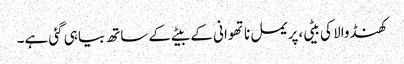
کھنڈوالا کی بیٹی،پریمل ناتھوانی کے بیٹے کے ساتھ بیاہی گئی ہے۔